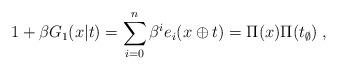
LaTeX: \begin{align*}1+\beta G_{1}(x|t)=\sum_{i=0}^{n}\beta ^{i}e_{i}(x\oplus t)=\Pi (x)\Pi(t_{\emptyset })\;, \end{align*}